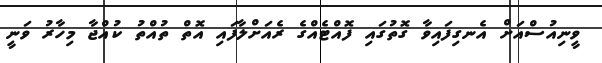
ވީނިއުސްއަށް އެނގިފައިވާ ގޮތުގައި ފޮއްޓެއްގެ ރެއަށްލާފައި އޮތް ތުއްތު ކުއްޖާ މިހާރު ވަނީ